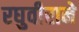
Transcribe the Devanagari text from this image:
रघुवीराने